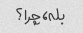
بله، چرا؟